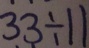
3 3 \div 1 1